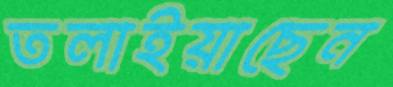
তলাইয়াছেন